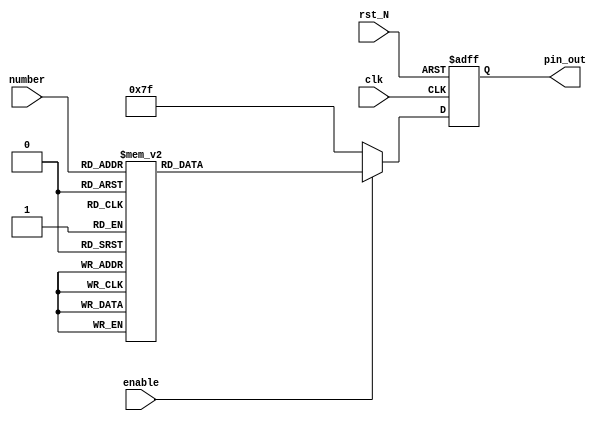
module DigitalTube (
	input						clk				,
	input						rst_N			,

	input						enable			,
	input			[3:0]		number			,

	output			[6:0]		pin_out
);


	reg     		[6:0]		r_pin_out		;


	assign		pin_out			= r_pin_out;


	always @(posedge clk, negedge rst_N)
	begin
		if (!rst_N) begin
			r_pin_out	<= 7'b0000000;
		end
		else begin
			if (!enable) begin
				r_pin_out	<= 7'b1111111;
			end else begin
				case (number)
					0 :			r_pin_out	<= 7'b1000000;
					1 :			r_pin_out	<= 7'b1111001;
					2 :			r_pin_out	<= 7'b0100100;
					3 :			r_pin_out	<= 7'b0110000;
					4 :			r_pin_out	<= 7'b0011001;
					5 :			r_pin_out	<= 7'b0010010;
					6 :			r_pin_out	<= 7'b0000010;
					7 :			r_pin_out	<= 7'b1111000;
					8 :			r_pin_out	<= 7'b0000000;
					9 :			r_pin_out	<= 7'b0010000;
					default:	r_pin_out	<= 7'b0000000;
				endcase
			end
		end
	end


endmodule